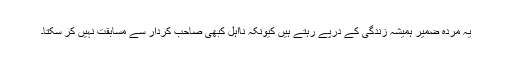
یہ مردہ ضمیر ہمیشہ زندگی کے درپے رہتے ہیں کیونکہ نااہل کبھی صاحبِ کردار سے مسابقت نہیں کر سکتا۔